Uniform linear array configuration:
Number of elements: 32
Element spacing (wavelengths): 0.5
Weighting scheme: uniform
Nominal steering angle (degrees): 0
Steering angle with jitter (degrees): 1.215
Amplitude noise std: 0.05
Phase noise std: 0.05

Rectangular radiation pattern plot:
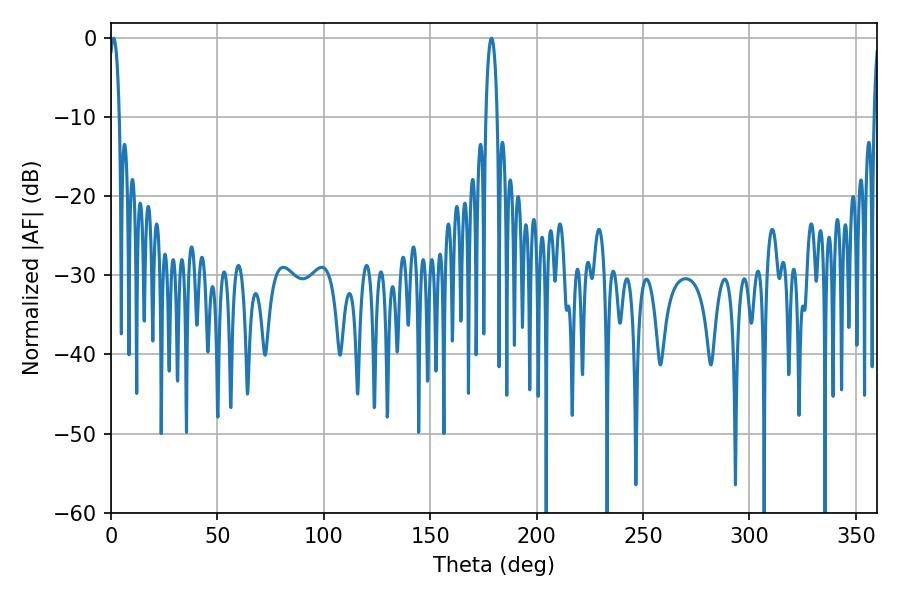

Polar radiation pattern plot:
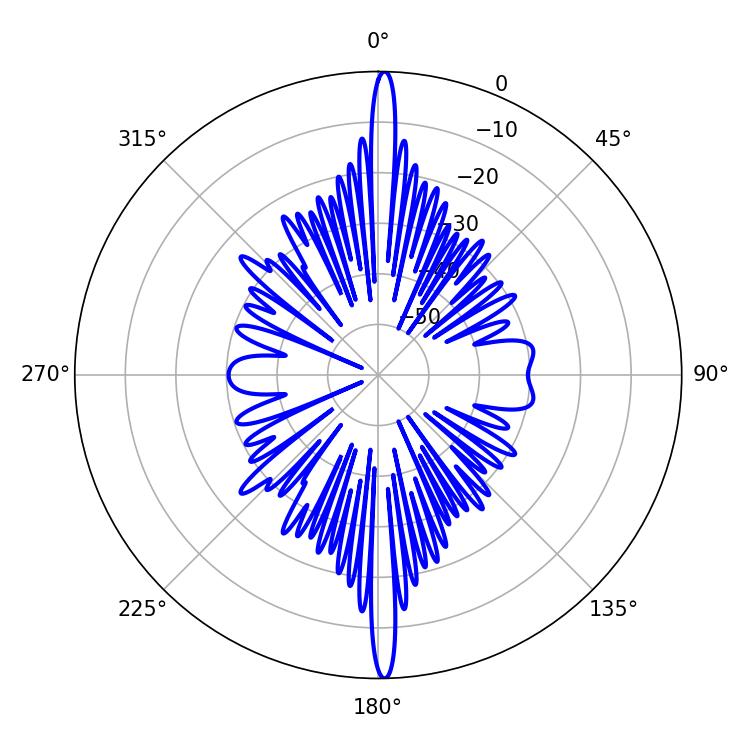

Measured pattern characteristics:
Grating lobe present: FALSE
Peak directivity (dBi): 29.301
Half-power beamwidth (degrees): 2.7
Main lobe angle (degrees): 1.26